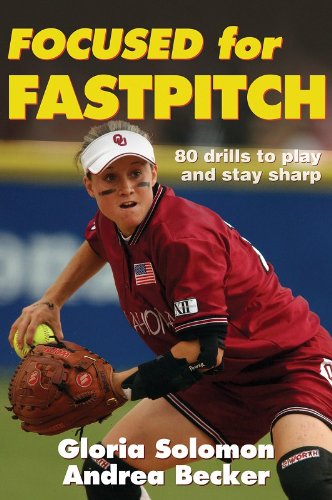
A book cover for Focused for Fastpitch; Gloria Solomon; Sports & Outdoors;